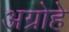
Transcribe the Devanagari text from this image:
अग्रोहे